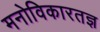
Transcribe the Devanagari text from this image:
मनोविकारतज्ञ